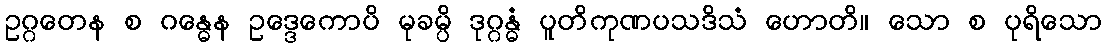
ဥဂ္ဂတေန စ ဂန္ဓေန ဥဒ္ဒေကောပိ မုခမ္ပိ ဒုဂ္ဂန္ဓံ ပူတိကုဏပသဒိသံ ဟောတိ။ သော စ ပုရိသော